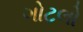
ગોટલો